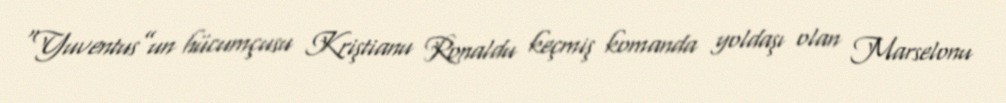
“Yuventus”un hücumçusu Kriştianu Ronaldu keçmiş komanda yoldaşı olan Marselonu